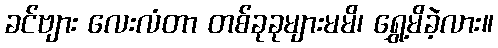
ခင်ဗျား လေးလံတာ တစ်ခုခုများမမိ၊ ရွှေ့မိခဲ့လား။